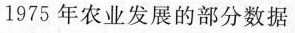
1975年农业发展的部分数据